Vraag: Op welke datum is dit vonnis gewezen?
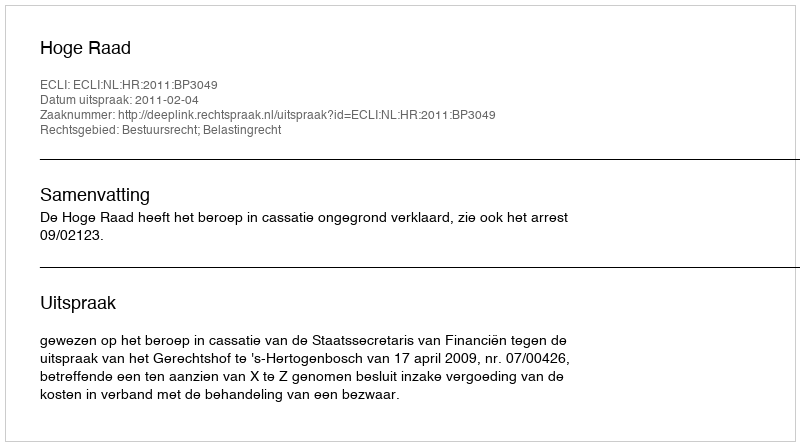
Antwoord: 2011-02-04